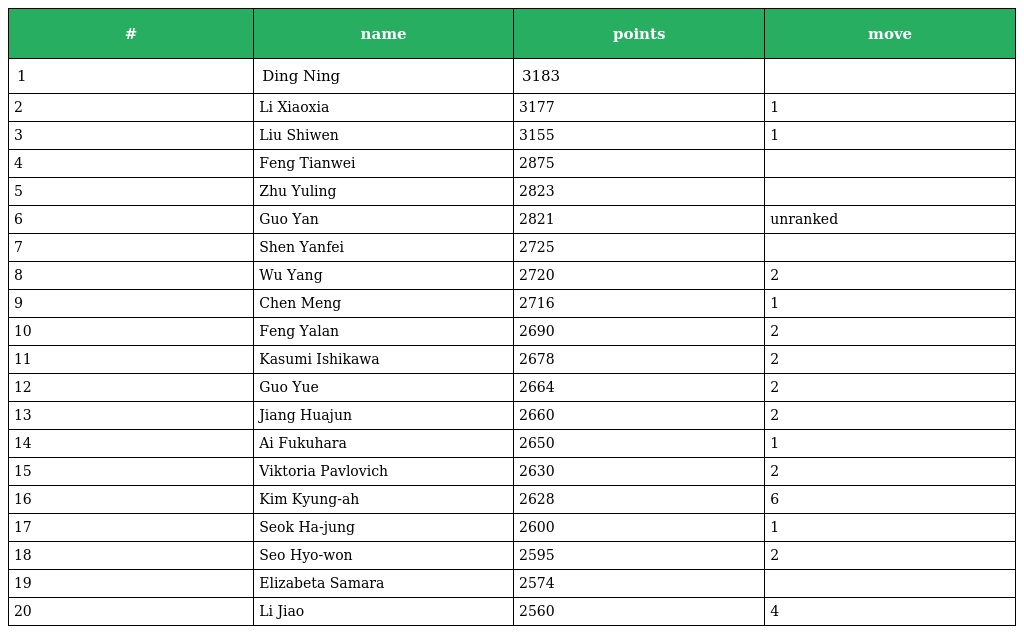
| # | name | points | move |
 | --- | --- | --- | --- |
 | 1 | Ding Ning | 3183 |  |
 | 2 | Li Xiaoxia | 3177 | 1 |
 | 3 | Liu Shiwen | 3155 | 1 |
 | 4 | Feng Tianwei | 2875 |  |
 | 5 | Zhu Yuling | 2823 |  |
 | 6 | Guo Yan | 2821 | unranked |
 | 7 | Shen Yanfei | 2725 |  |
 | 8 | Wu Yang | 2720 | 2 |
 | 9 | Chen Meng | 2716 | 1 |
 | 10 | Feng Yalan | 2690 | 2 |
 | 11 | Kasumi Ishikawa | 2678 | 2 |
 | 12 | Guo Yue | 2664 | 2 |
 | 13 | Jiang Huajun | 2660 | 2 |
 | 14 | Ai Fukuhara | 2650 | 1 |
 | 15 | Viktoria Pavlovich | 2630 | 2 |
 | 16 | Kim Kyung-ah | 2628 | 6 |
 | 17 | Seok Ha-jung | 2600 | 1 |
 | 18 | Seo Hyo-won | 2595 | 2 |
 | 19 | Elizabeta Samara | 2574 |  |
 | 20 | Li Jiao | 2560 | 4 |